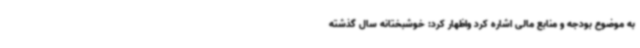
به موضوع بودجه و منابع مالی اشاره کرد واظهار کرد: خوشبختانه سال گذشته